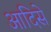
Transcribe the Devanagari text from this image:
आदिसे